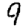
Digit: 9